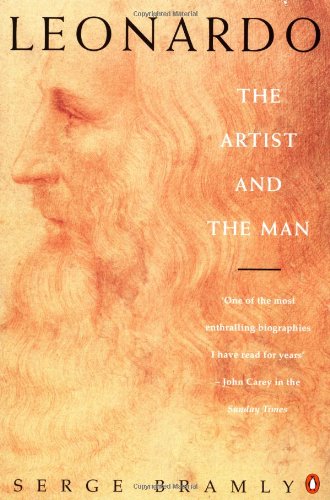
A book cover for Leonardo: The Artist and the Man; Serge  Bramly; Biographies & Memoirs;